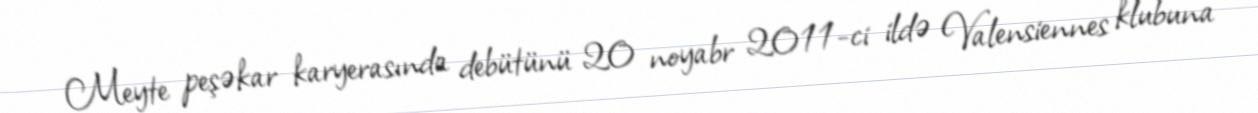
Meyte peşəkar karyerasında debütünü 20 noyabr 2011-ci ildə Valensiennes klubuna